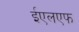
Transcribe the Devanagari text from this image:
ईएलएफ